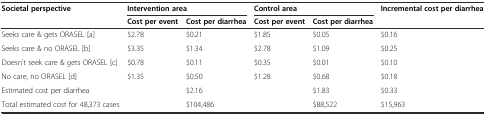
| Societal perspective | <COLSPAN=2> Intervention area | <COLSPAN=2> Control area | Incremental cost per diarrhea |
 |  | Cost per event | Cost per diarrhea | Cost per event | Cost per diarrhea |  |
 | --- | --- | --- | --- | --- | --- |
 | Seeks care & gets ORASEL [a] | $2.78 | $0.21 | $1.85 | $0.05 | $0.16 |
 | Seeks care & no ORASEL [b] | $3.35 | $1.34 | $2.78 | $1.09 | $0.25 |
 | Doesn't seek care & gets ORASEL [c] | $0.78 | $0.11 | $0.35 | $0.01 | $0.10 |
 | No care, no ORASEL [d] | $1.35 | $0.50 | $1.28 | $0.68 | $0.18 |
 | Estimated cost per diarrhea |  | $2.16 |  | $1.83 | $0.33 |
 | Total estimated cost for 48,373 cases |  | $104,486 |  | $88,522 | $15,963 |